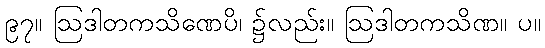
၉၇။ ဩဒါတကသိဏေပိ၊ ၌လည်း။ ဩဒါတကသိဏ။ ပ။